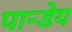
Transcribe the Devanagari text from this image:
पान्डेय